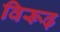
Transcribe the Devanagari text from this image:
विरूढ़